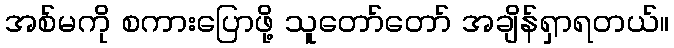
အစ်မကို စကားပြောဖို့ သူတော်တော် အချိန်ရှာရတယ်။